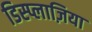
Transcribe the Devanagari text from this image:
डिस्प्लाज़िया